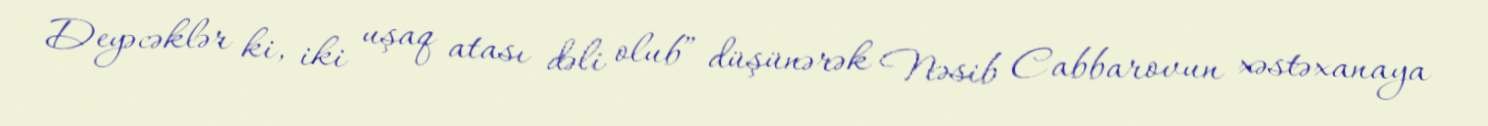
Deyəcəklər ki, iki uşaq atası dəli olub” düşünərək Nəsib Cabbarovun xəstəxanaya